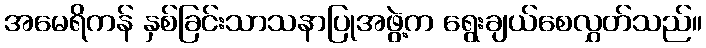
အမေရိကန် နှစ်ခြင်းသာသနာပြုအဖွဲ့က ရွေးချယ်စေလွှတ်သည်။